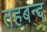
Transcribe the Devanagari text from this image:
तहबन्द